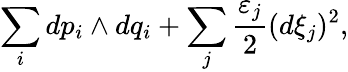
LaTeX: \sum_{i}dp_{i}\wedge dq_{i}+\sum_{j}{\frac{\varepsilon_{j}}{2}}(d\xi_{j})^{2},